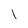
Character: l